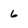
Character: 6